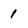
Character: 1